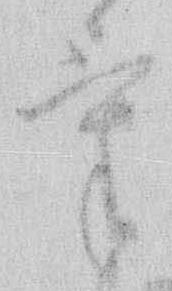
け